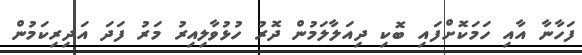
ފަހާނާ އާއި ހަމަކޮށްފައި ބޮކި ދިއަލާލަމުން ދޮރު ހުޅުވާލިއިރު މަރު ފަދަ އަދިރިކަމުން